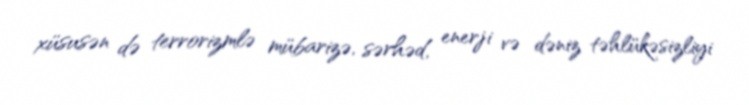
xüsusən də terrorizmlə mübarizə, sərhəd, enerji və dəniz təhlükəsizliyi